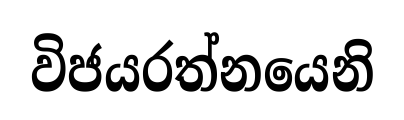
විජයරත්නයෙනි